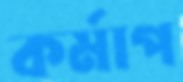
কর্মাপ